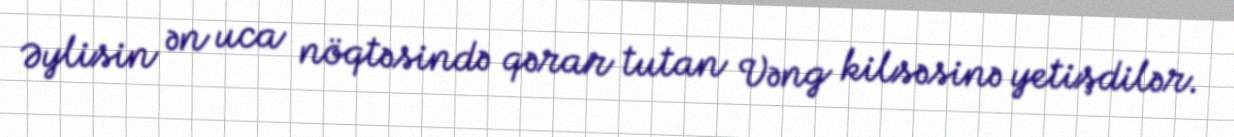
Əylisin ən uca nöqtəsində qərar tutan Vəng kilsəsinə yetişdilər.